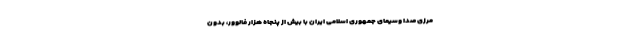
مرزی صدا وسیمای جمهوری اسلامی ایران با بیش از پنجاه هزار فالوور، بدون